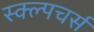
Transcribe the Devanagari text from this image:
स्क्ल्पचर्स